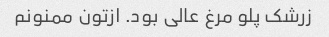
زرشک پلو مرغ عالی بود. ازتون ممنونم